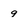
Character: 9